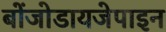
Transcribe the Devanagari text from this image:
बोंजोडायजेपाइन